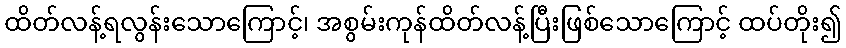
ထိတ်လန့်ရလွန်းသောကြောင့်၊ အစွမ်းကုန်ထိတ်လန့်ပြီးဖြစ်သောကြောင့် ထပ်တိုး၍